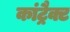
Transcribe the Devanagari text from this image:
कांट्रैक्ट